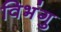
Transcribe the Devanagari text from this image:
विभंगु